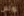
لوتس